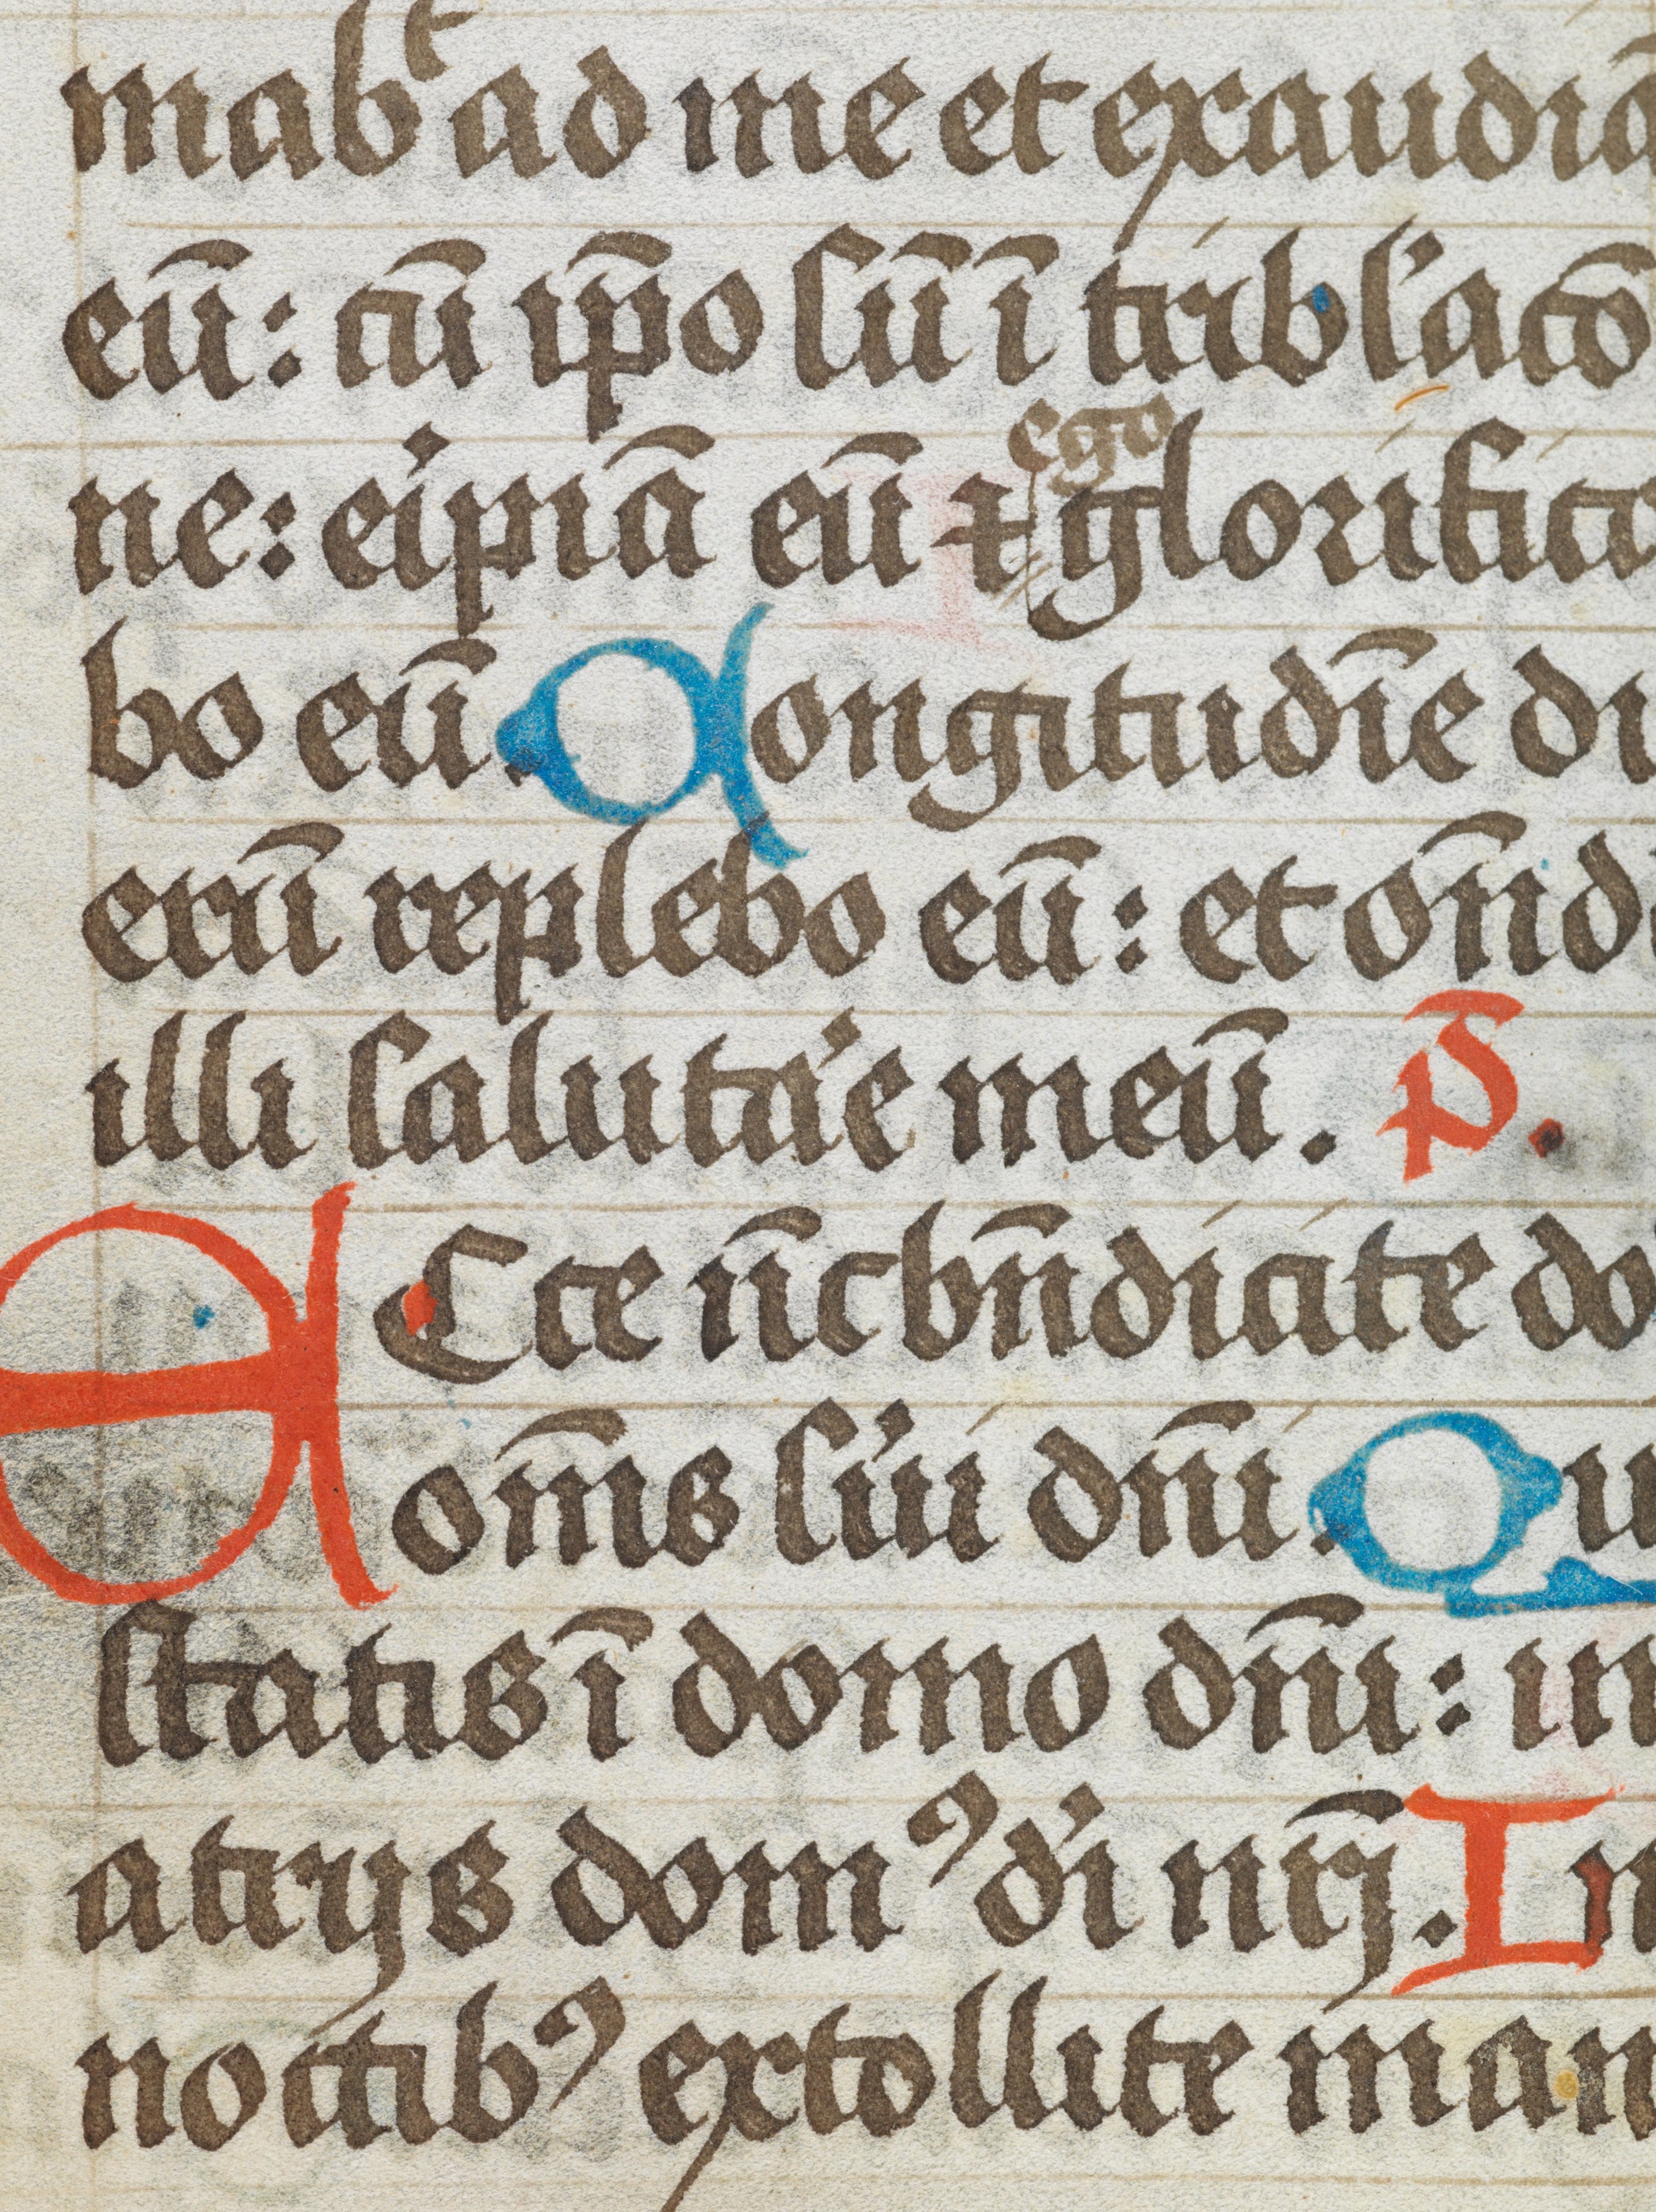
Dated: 1496–1496